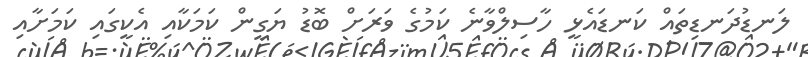
ލަނޑުދަނޑިތައް ކަނޑައެޅީ ހާސިލްވާނެ ކަމުގެ ވަރަށް ބޮޑު ޔަގީން ކަމަކާއި އެކީގައި ކަމަށާއި